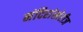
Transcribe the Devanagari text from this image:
मंदिरांखेरीज